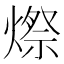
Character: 𪹥